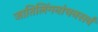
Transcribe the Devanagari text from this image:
जातिलिंगनांचनसर्वं